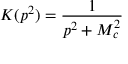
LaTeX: K ( p ^ { 2 } ) = \frac { 1 } { p ^ { 2 } + M _ { c } ^ { 2 } }